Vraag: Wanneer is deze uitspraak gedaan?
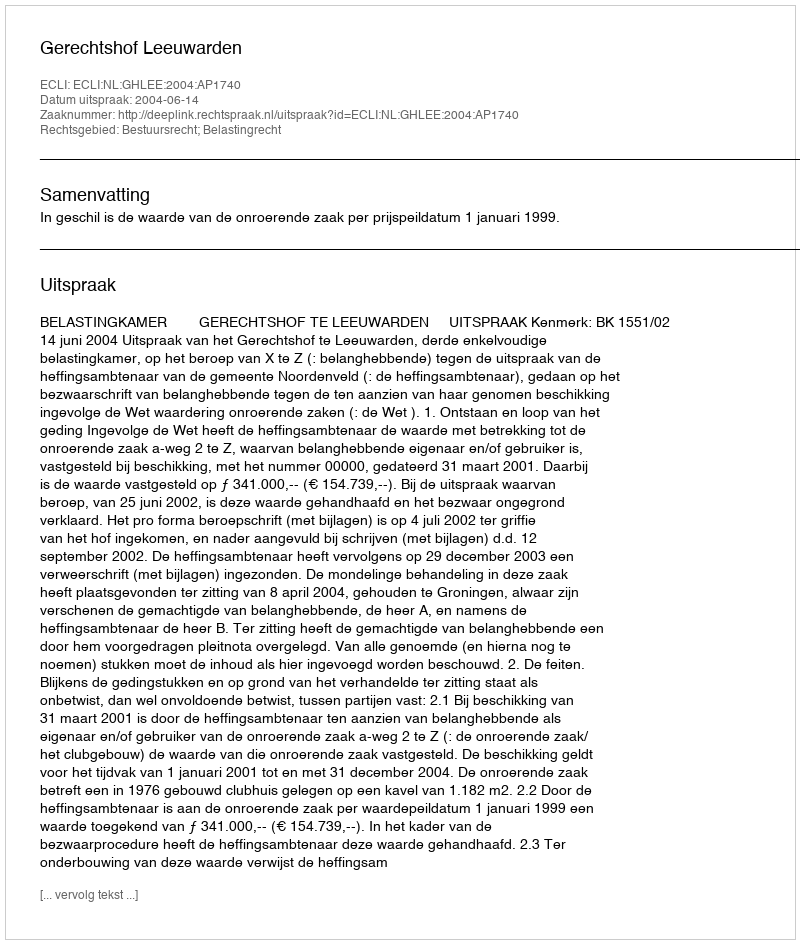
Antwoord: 2004-06-14